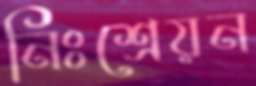
নিঃশ্রেয়ন